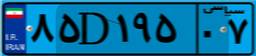
۹۲D۹۱۴۸۹